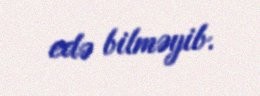
edə bilməyib.